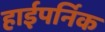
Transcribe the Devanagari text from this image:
हाईपर्निक